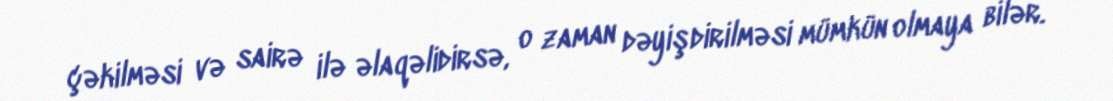
çəkilməsi və sairə ilə əlaqəlidirsə, o zaman dəyişdirilməsi mümkün olmaya bilər.